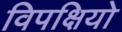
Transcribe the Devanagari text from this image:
विपक्षियो